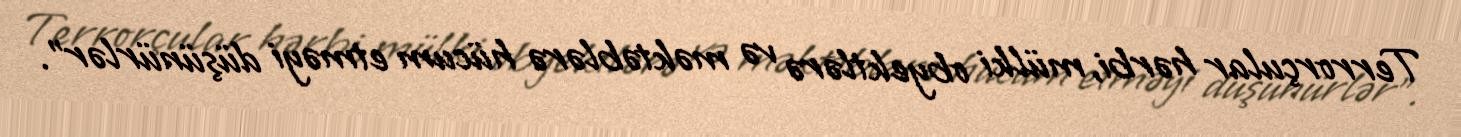
Terrorçular hərbi, mülki obyektlərə və məktəblərə hücum etməyi düşünürlər".